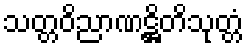
သတ္တဝိညာဏဋ္ဌိတိသုတ္တံ